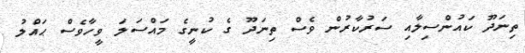
ތިނަދޫ ކައުންސިލާއި ސަރުކާރުން ވެސް ތިނަދޫ ގެ ކުނީގެ މައްސަލަ ވީހާވެސް ޙައްލު